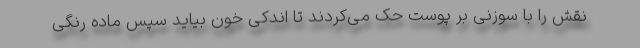
نقش را با سوزنی بر پوست حک می‌کردند تا اندکی خون بیاید سپس ماده رنگی